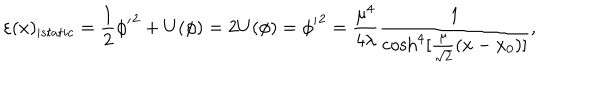
\varepsilon ( x ) _ { \mid s t a t i c } = \frac { 1 } { 2 } \phi { ' } ^ { 2 } + U ( \phi ) = 2 U ( \phi ) = \phi { ' } ^ { 2 } = \frac { \mu ^ { 4 } } { 4 \lambda } \frac { 1 } { \cosh ^ { 4 } [ \frac { \mu } { \sqrt { 2 } } ( x - x _ { 0 } ) ] } ,